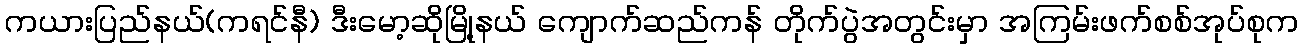
ကယားပြည်နယ်(ကရင်နီ) ဒီးမော့ဆိုမြို့နယ် ကျောက်ဆည်ကန် တိုက်ပွဲအတွင်းမှာ အကြမ်းဖက်စစ်အုပ်စုက